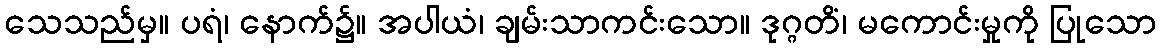
သေသည်မှ။ ပရံ၊ နောက်၌။ အပါယံ၊ ချမ်းသာကင်းသော။ ဒုဂ္ဂတိံ၊ မကောင်းမှုကို ပြုသော